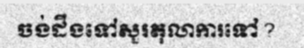
ចង់ដឹងទៅសួរតុលាការទៅ?